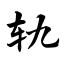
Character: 轨